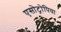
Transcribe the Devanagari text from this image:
एसोट्रोपिया